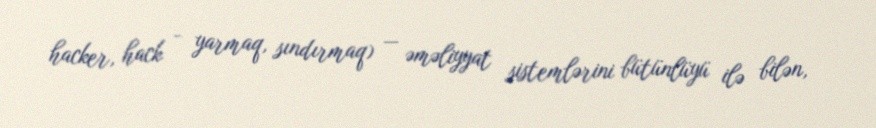
hacker, hack - yarmaq, sındırmaq) — əməliyyat sistemlərini bütünlüyü ilə bilən,